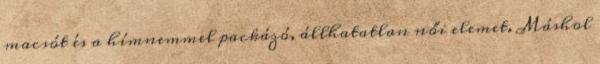
macsót és a hímnemmel packázó, állhatatlan női elemet. Máshol